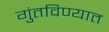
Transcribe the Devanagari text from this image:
गुंतविण्यात